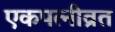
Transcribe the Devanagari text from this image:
एकपत्‍नीव्रत